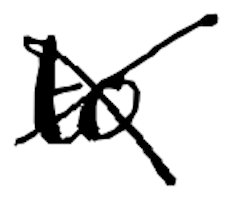
Text: to
Cross-out: cross
Writing tool: digital_black